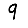
Digit: 9